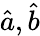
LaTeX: {\hat{a}},{\hat{b}}